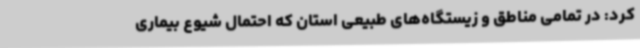
کرد: در تمامی مناطق و زیستگاه‌های طبیعی استان که احتمال شیوع بیماری